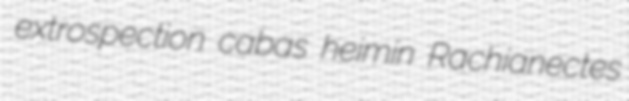
extrospection cabas heimin Rachianectes